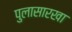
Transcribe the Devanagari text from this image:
पुलासारखा